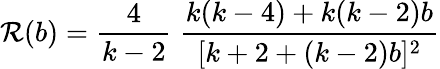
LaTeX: \mathcal{R}(b)=\frac{{4}}{{k-2}}\; \frac{{k(k-4)+k(k-2)b}}{{[k+2+(k-2)b]^{2}}}